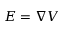
E = \nabla V